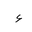
Letter: _hamza